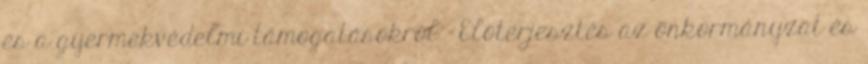
és a gyermekvédelmi támogatásokról - Előterjesztés az önkormányzat és